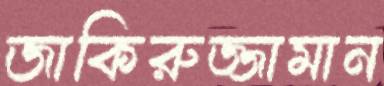
জাকিরুজ্জামান